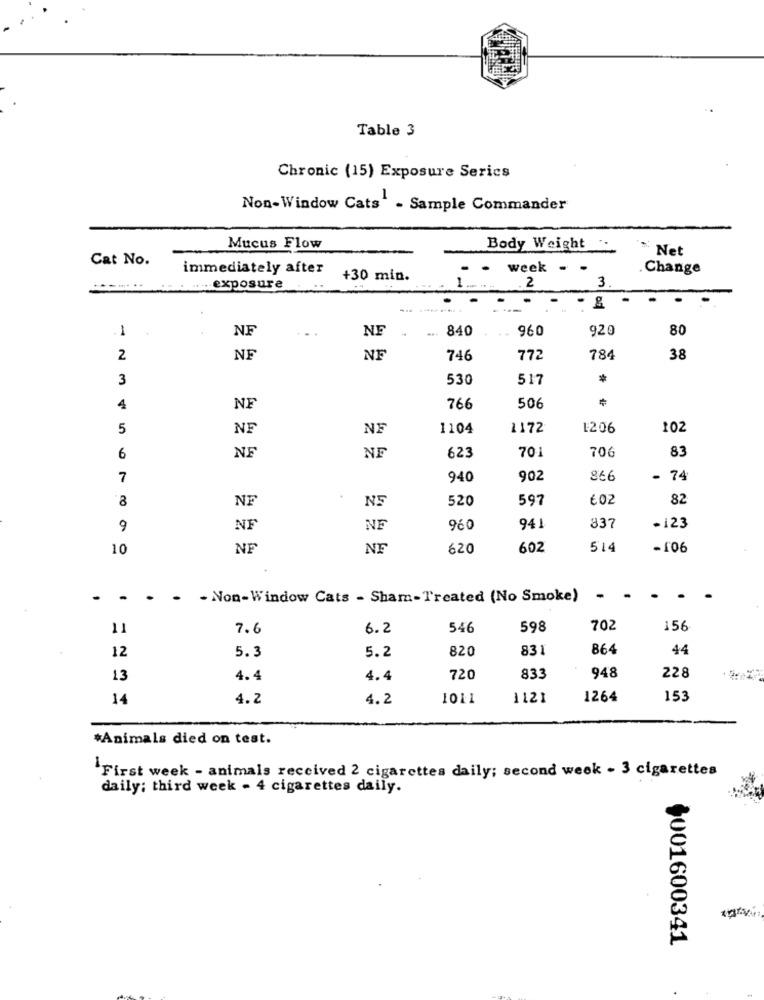
Table 3
Chronic (15) Exposure Serics
Non-Window Cats' - Sample Commander
Mucus Flow
Body Weight
Net
Cat No.
immediately after
week .
Change
+30 min.
1.
3
**-*... ... .... exposure
2
...
1
NF
NF
840
960
920
80
2
NF
NF
746
772
784
38
3
530
517
4
NF
766
506
5
NE
1104
1172
1206
102
701
706
83
6
NE
NF
623
7
940
902
866
- 74
8
520
597
6 02
82
NS
9
NF
NE
960
941
837
-123
10
NF
NE
620
602
514
-106
.
. . . . Non-Window Cats - Sham-Treated (No Smoke)
.
11
7.6
6.2
546
598
702
156
12
5.2
820
831
864
44
5.3
228
13
4.4
4.4
720
833
948
14
4.2
4.2
1011
1121
1264
153
*Animals died on test.
"First week - animals received 2 cigarettes daily; second week - 3 cigarettes
daily; third week - 4 cigarettes daily.
+001600341